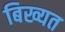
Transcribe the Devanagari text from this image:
बिख्यत